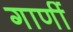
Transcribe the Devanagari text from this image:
गाणीं